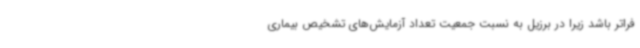
فراتر باشد زیرا در برزیل به نسبت جمعیت تعداد آزمایش‌های تشخیص بیماری